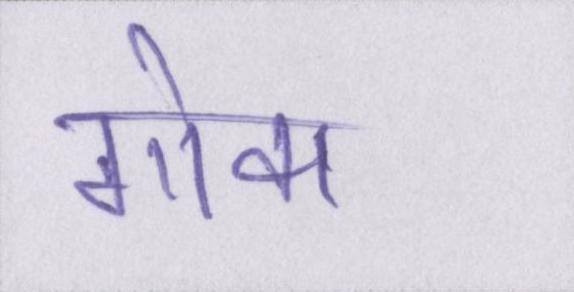
गोवा